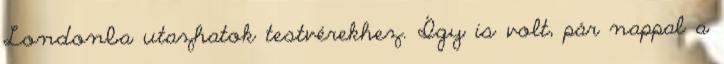
Londonba utazhatok testvérekhez. Így is volt, pár nappal a